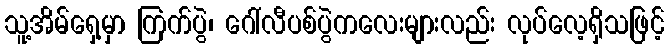
သူ့အိမ်ရှေ့မှာ ကြက်ပွဲ၊ ဂေါ်လီပစ်ပွဲကလေးများလည်း လုပ်လေ့ရှိသဖြင့်